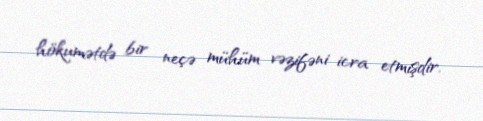
hökumətdə bir neçə mühüm vəzifəni icra etmişdir.